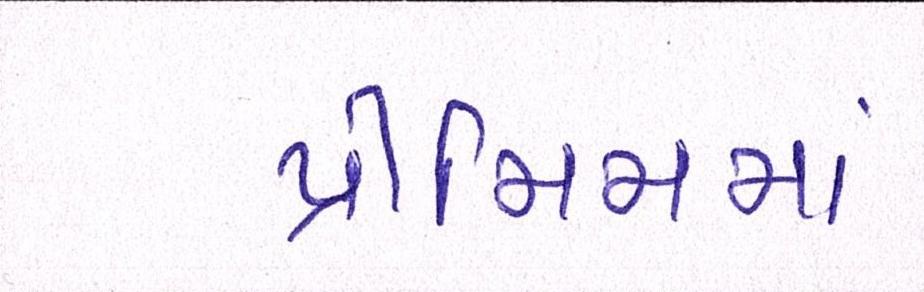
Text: પ્રીમિમમાં